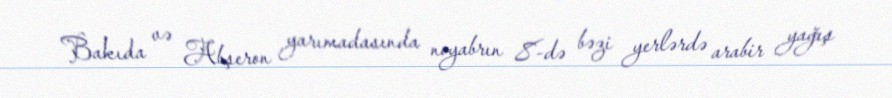
Bakıda və Abşeron yarımadasında noyabrın 8-də bəzi yerlərdə arabir yağış